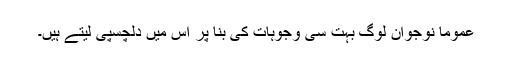
عموماً نوجوان لوگ بہت سی وجوہات کی بنا پر اس میں دلچسپی لیتے ہیں۔